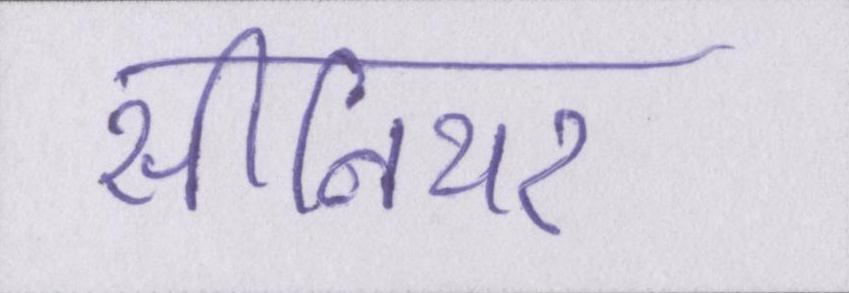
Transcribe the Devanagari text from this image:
सीनियर